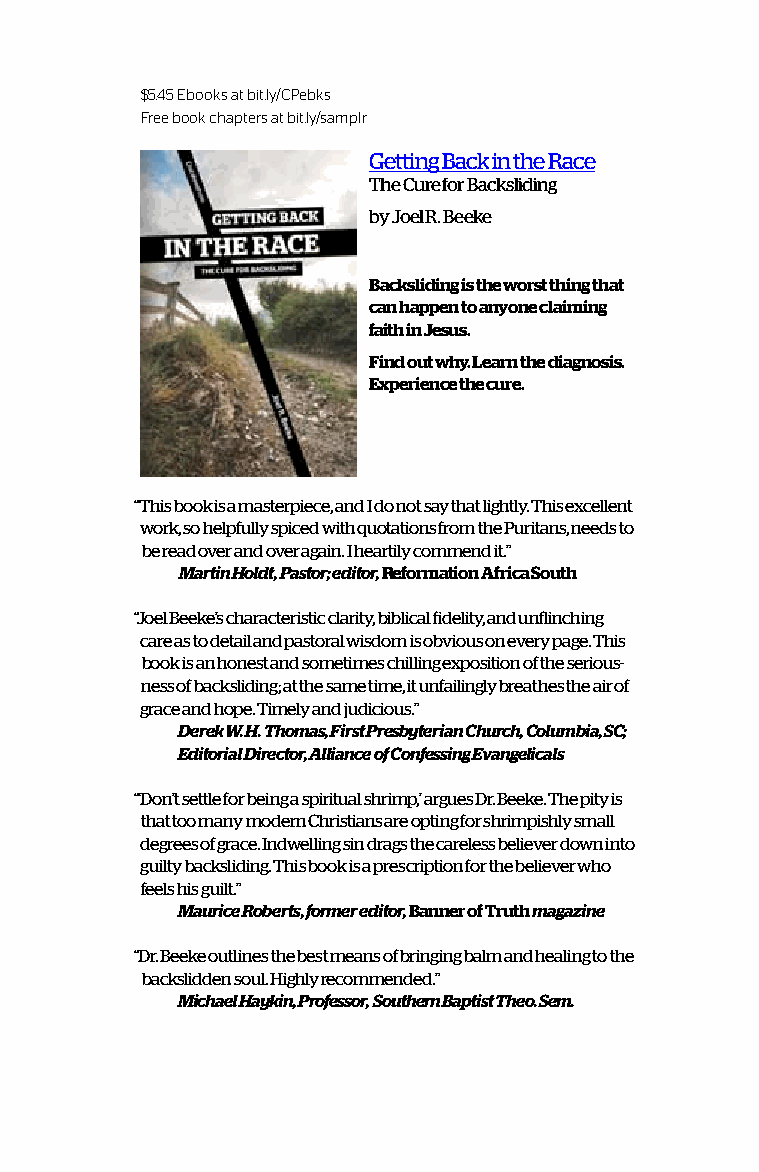
$5.45 Ebooks at bit.ly/CPebks
 Free book chapters at bit.ly/samplr
 Getting Back in the Race
 The Cure for Backsliding
 by Joel R. Beeke
 Backsliding is the worst thing that
 can happen to anyone claiming
 faith in Jesus.
 Find out why. Learn the diagnosis.
 Experience the cure.
 “This book is a masterpiece, and I do not say that lightly. This excellent
 work, so helpfully spiced with quotations from the Puritans, needs to
 be read over and over again. I heartily commend it.”
 Martin Holdt, Pastor; editor, Reformation Africa South
 “Joel Beeke’s characteristic clarity, biblical fidelity, and unflinching
 care as to detail and pastoral wisdom is obvious on every page. This
 book is an honest and sometimes chilling exposition of the serious-
 ness of backsliding; at the same time, it unfailingly breathes the air of
 grace and hope. Timely and judicious.”
 Derek W. H. Thomas, First Presbyterian Church, Columbia, SC;
 Editorial Director, Alliance of Confessing Evangelicals
 “‘Don’t settle for being a spiritual shrimp,’ argues Dr. Beeke. The pity is
 that too many modern Christians are opting for shrimpishly small
 degrees of grace. Indwelling sin drags the careless believer down into
 guilty backsliding. This book is a prescription for the believer who
 feels his guilt.”
 Maurice Roberts, former editor, Banner of Truth magazine
 “Dr. Beeke outlines the best means of bringing balm and healing to the
 backslidden soul. Highly recommended.”
 Michael Haykin, Professor, Southern Baptist Theo. Sem.